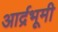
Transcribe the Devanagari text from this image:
आर्द्रभूमी